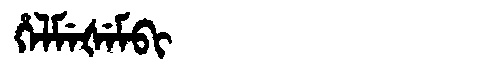
Manchu: ᡥᡝᠯᠮᡝᡧᡝᠮᠪᡳ
Romanization: HELMEŠEMBI